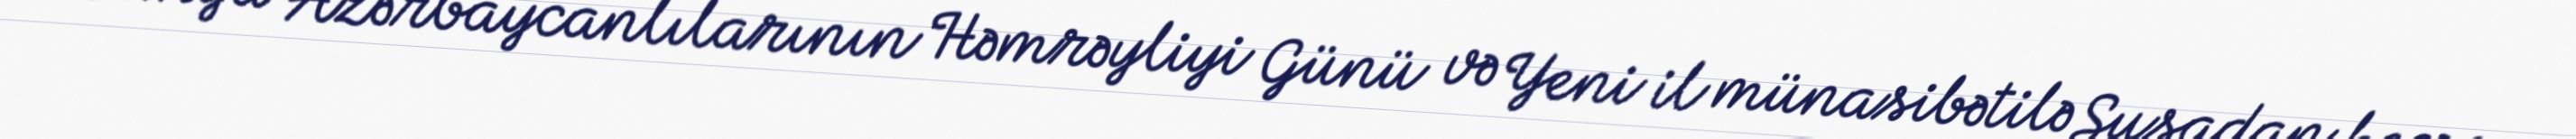
Dünya Azərbaycanlılarının Həmrəyliyi Günü və Yeni il münasibətilə Şuşadan keçən